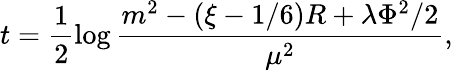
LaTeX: t=\frac{1}{2}\log\frac{m^{2}-(\xi-1/6)R+\lambda\Phi^{2}/2}{\mu^{2}},